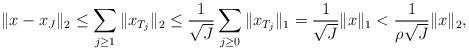
LaTeX: \begin{align*}\|x-x_J\|_2\leq\sum_{j\geq1}\|x_{T_j}\|_2\leq\frac{1}{\sqrt{J}}\sum_{j\geq0}\|x_{T_j}\|_1=\frac{1}{\sqrt{J}}\|x\|_1<\frac{1}{\rho\sqrt{J}}\|x\|_2,\end{align*}